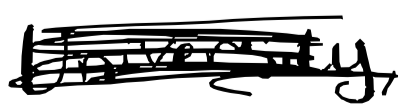
Text: University,
Cross-out: scratch
Writing tool: digital_black